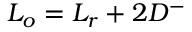
L _ { o } = L _ { r } + 2 D ^ { - }